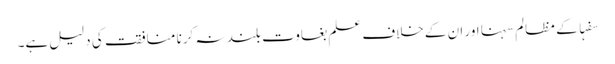
سفہا کے مظالم سہنا اور ان کے خلاف علم بغاوت بلند نہ کرنا منافقت کی دلیل ہے۔